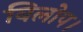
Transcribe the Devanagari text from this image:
विलोप।